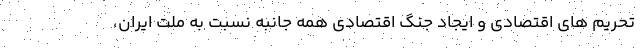
تحریم های اقتصادی و ایجاد جنگ اقتصادی همه جانبه نسبت به ملت ایران،